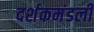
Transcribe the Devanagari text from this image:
दर्शकमंडली